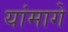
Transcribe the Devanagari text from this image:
यांमागे